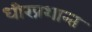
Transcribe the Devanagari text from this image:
धीरप्रशान्त